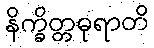
နိက္ခိတ္တဓုရာတိ